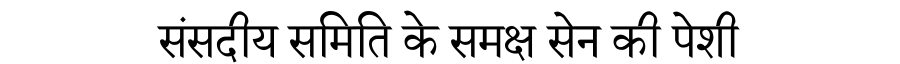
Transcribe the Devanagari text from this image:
संसदीय समिति के समक्ष सेन की पेशी